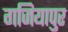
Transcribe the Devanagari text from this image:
गजियापुर